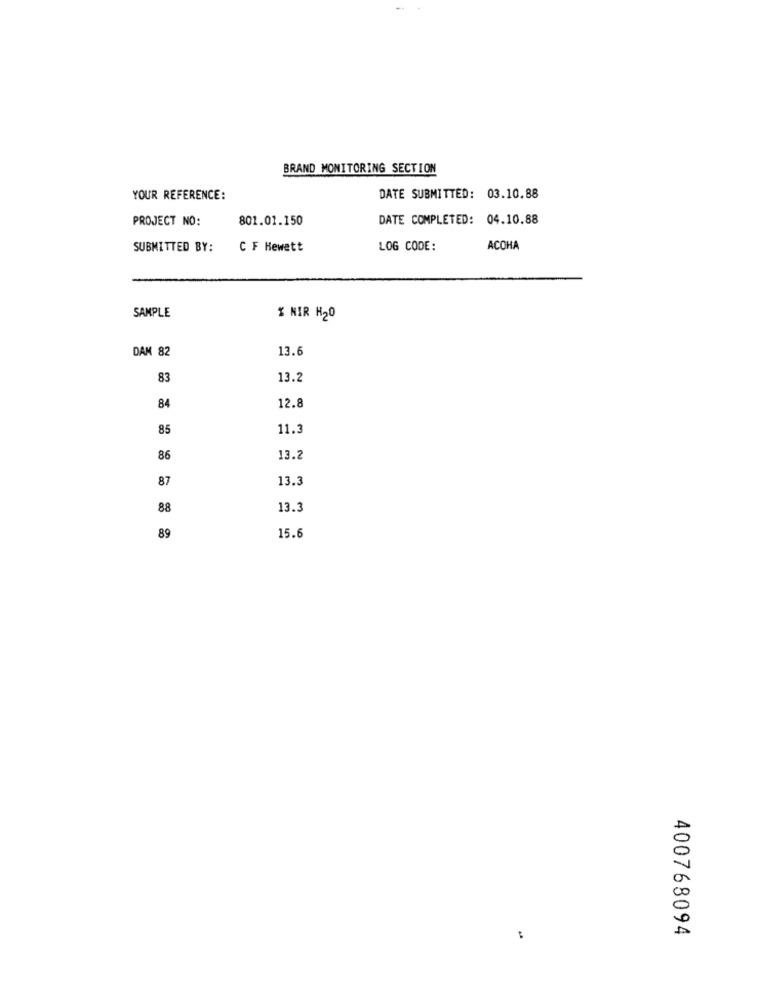
BRAND MONITORING SECTION
YOUR REFERENCE:
DATE SUBMITTED: 03.10.88
PROJECT NO:
801.01.150
DATE COMPLETED: 04.10.88
SUBMITTED BY:
C F Hewett
LOG CODE:
ACOHA
SAMPLE
% NIR H20
DAM 82
13.6
83
13.2
84
12.8
85
11.3
86
13.2
87
13.3
88
13.3
15.6
89
400768094